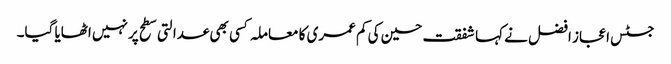
جسٹس اعجاز افضل نے کہا شفقت حسین کی کم عمری کا معاملہ کسی بھی عدالتی سطح پر نہیں اٹھایا گیا۔